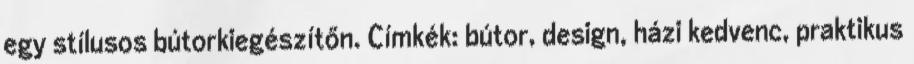
egy stílusos bútorkiegészítőn. Címkék: bútor, design, házi kedvenc, praktikus